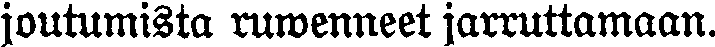
joutumista ruwenneet jarruttamaan.